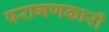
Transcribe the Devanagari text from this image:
परागणकारी